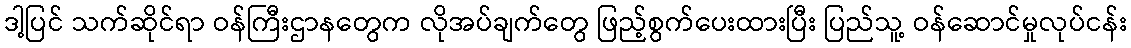
ဒါ့ပြင် သက်ဆိုင်ရာ ဝန်ကြီးဌာနတွေက လိုအပ်ချက်တွေ ဖြည့်စွက်ပေးထားပြီး ပြည်သူ့ ဝန်ဆောင်မှုလုပ်ငန်း